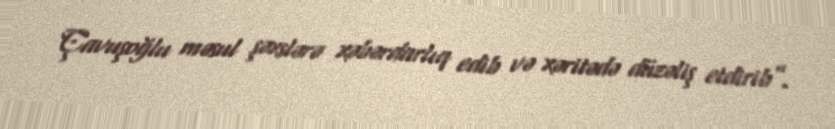
Çavuşoğlu məsul şəxslərə xəbərdarlıq edib və xəritədə düzəliş etdirib”.